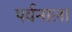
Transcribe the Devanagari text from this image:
पर्वमाला